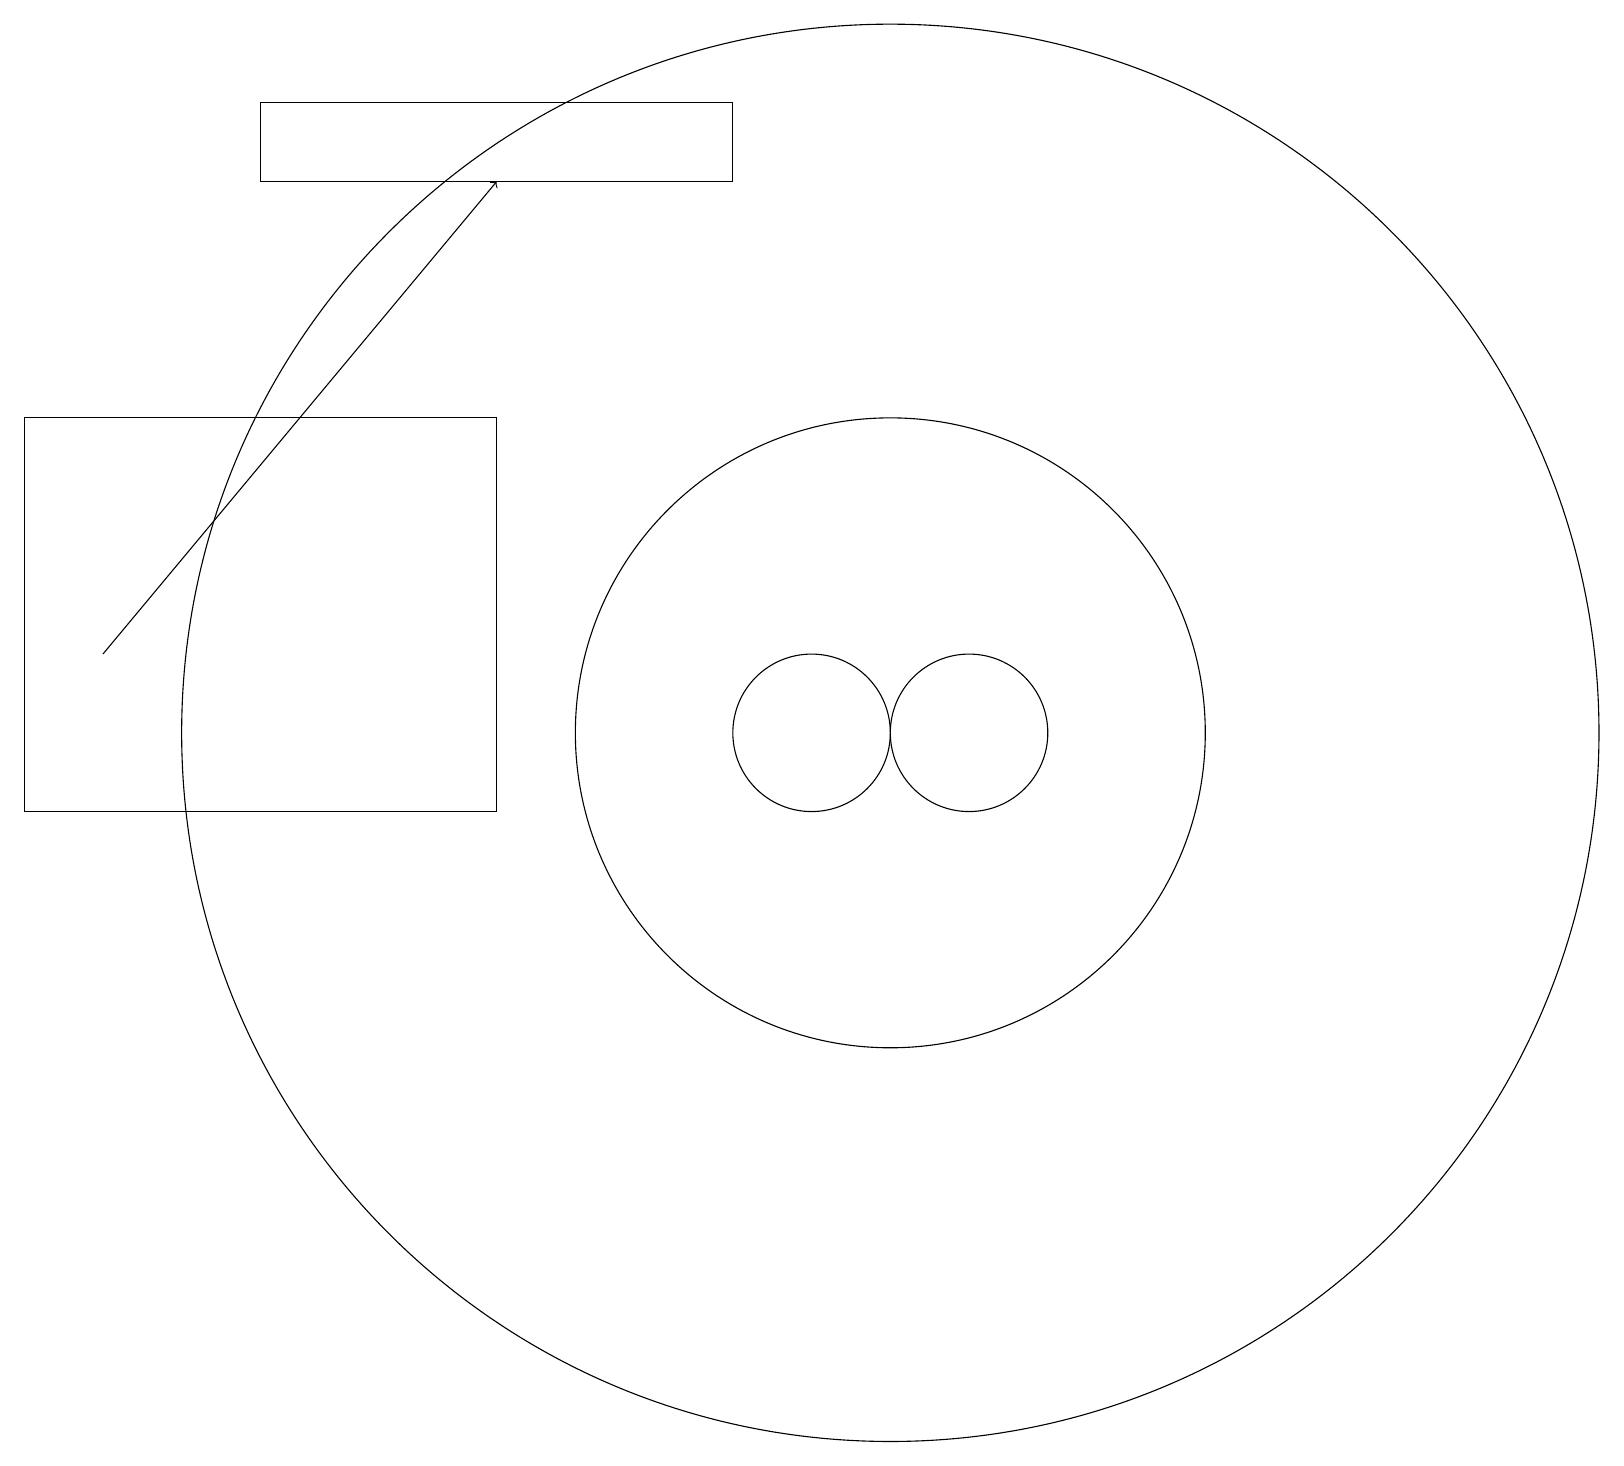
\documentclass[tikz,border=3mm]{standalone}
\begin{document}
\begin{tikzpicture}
\draw (12,11) circle (1);
\draw (3,19) rectangle (9,18);
\draw (0,15) rectangle (6,10);
\draw (11,11) circle (9);
\draw (11,11) circle (4);
\draw (10,11) circle (1);
\draw[->] (1,12) -- (6,18);
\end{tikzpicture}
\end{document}